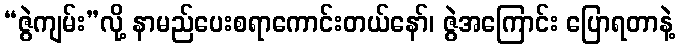
“ဇွဲကျမ်း”လို့ နာမည်ပေးစရာကောင်းတယ်နော်၊ ဇွဲအကြောင်း ပြောရတာနဲ့